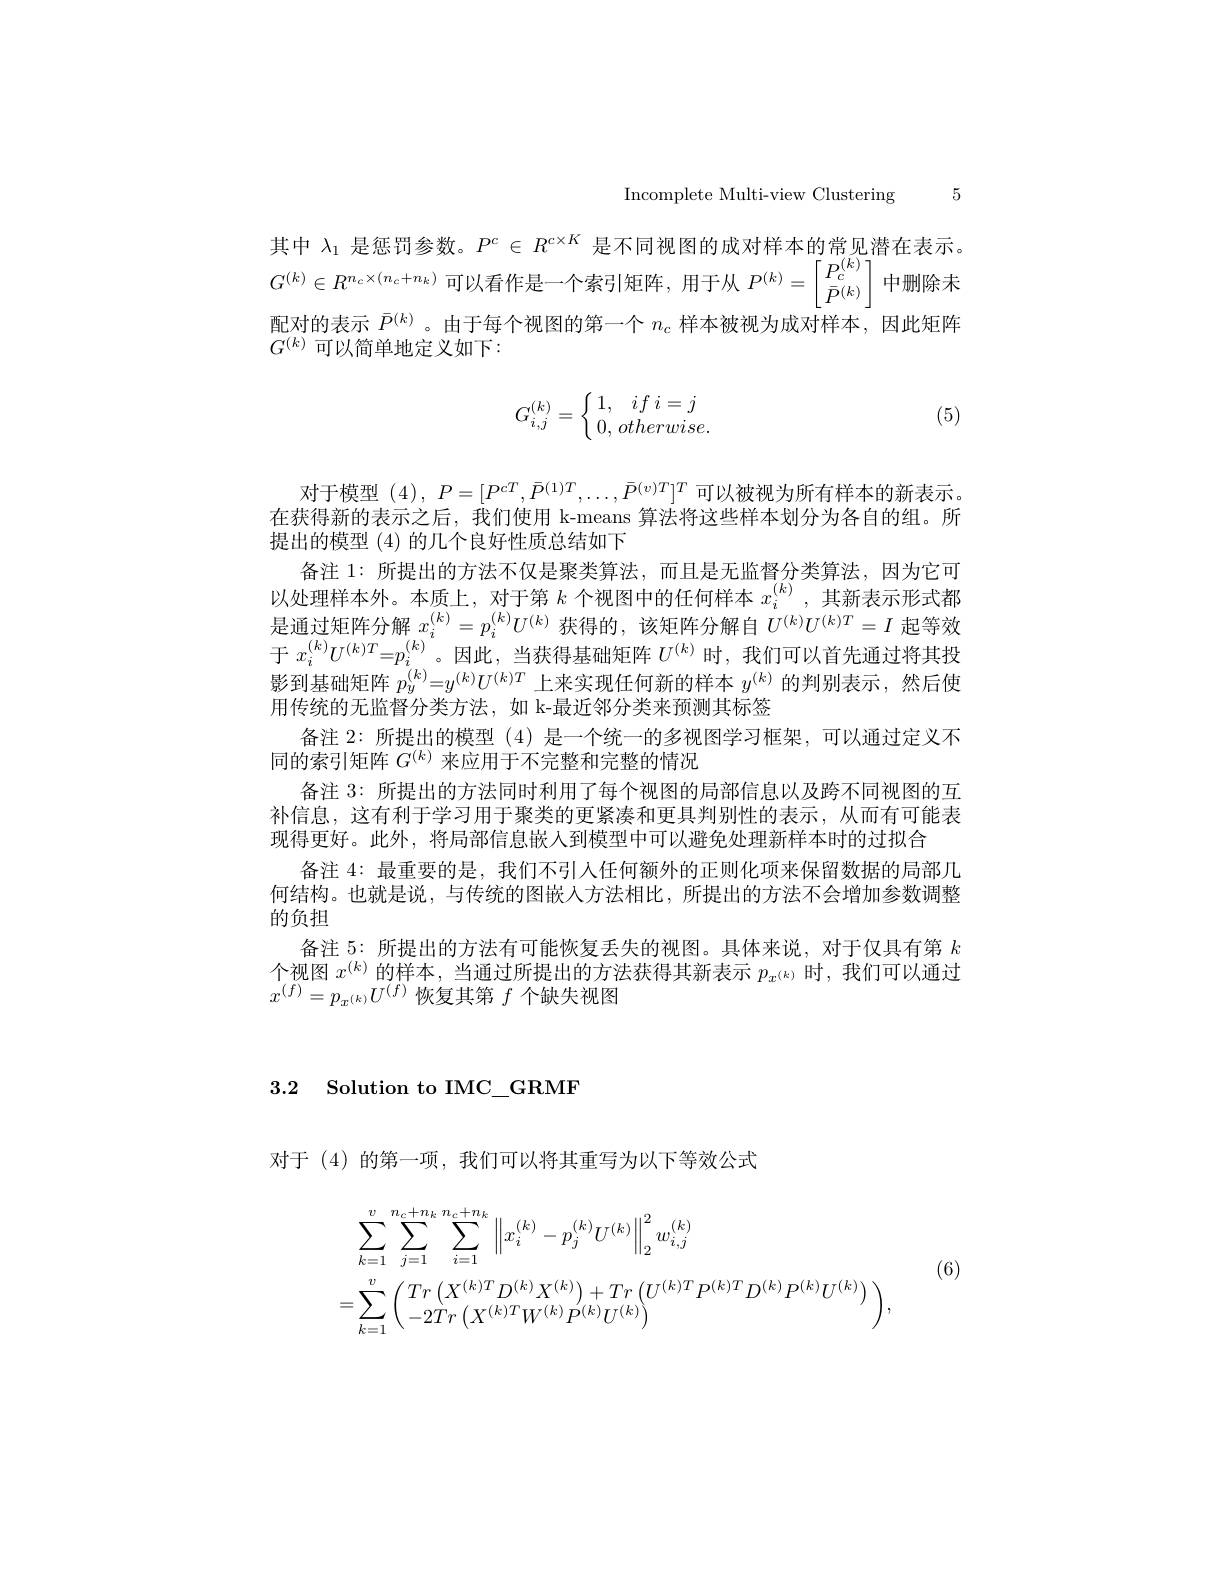
Incomplete Multi-view Clustering 5

其中$\lambda_{1}$是惩罚参数。$P^c\in R^{c\times K}$是不同视图的成对样本的常见潜在表示。
<FigureHere>

$G^{(k)}\in R^{n_c\times(n_c+n_k)}$可以看作是一个索引矩阵，用于从 $P^(k)=$
中删除未
配对的表示$\bar{P}^{(k)}$。由于每个视图的第一个$n_c$样本被视为成对样本，因此矩阵
$G^{(k)}$可以简单地定义如下：
$$G_{i,j}^{(k)}=\left\{\begin{matrix}1,\quad if\:i=j\\0,\:otherwise.\end{matrix}\right.$$
(5)

对于模型(4),$P=[P^{cT},\bar{P}^{(1)T},\ldots,\bar{P}^{(v)T}]^T$可以被视为所有样本的新表示。在获得新的表示之后，我们使用 k-means 算法将这些样本划分为各自的组。所提出的模型 (4) 的几个良好性质总结如下
备注 1: 所提出的方法不仅是聚类算法，而且是无监督分类算法，因为它可以处理样本外。本质上，对于第$k$个视图中的任何样本$x_i^{(k)}$,其新表示形式都是通过矩阵分解$x_i^{(k)}=p_i^{(k)}U^{(k)}$获得的，该矩阵分解自$\dot U^{(k)}U^{(k)T}=I$起等效于$x_i^{(k)}U^{(k)T}=p_i^{(k)}$。因此，当获得基础矩阵$U^(k)$时，我们可以首先通过将其投影到基础矩阵$p_y^{(k)}=y^{(k)}U^{(k)T}$上来实现任何新的样本$y^{(k)}$的判别表示，然后使用传统的无监督分类方法，如 k-最近邻分类来预测其标签
备注 2: 所提出的模型 (4)是一个统一的多视图学习框架，可以通过定义不
同的索引矩阵$G^{(k)}$来应用于不完整和完整的情况
备注 3: 所提出的方法同时利用了每个视图的局部信息以及跨不同视图的互补信息，这有利于学习用于聚类的更紧凑和更具判别性的表示，从而有可能表现得更好。此外，将局部信息嵌入到模型中可以避免处理新样本时的过拟合
备注 4: 最重要的是，我们不引人任何额外的正则化项来保留数据的局部几何结构。也就是说，与传统的图嵌入方法相比，所提出的方法不会增加参数调整的负担
备注 5: 所提出的方法有可能恢复丢失的视图。具体来说，对于仅具有第$k$ 个视图$x^(k)$的样本，当通过所提出的方法获得其新表示$p_{x^{(k)}}$时，我们可以通过$x^{(\tilde{f})}=p_{x^{(k)}}U^{(f)}$恢复其第$f$个缺失视图

3.2 Solution to IMC\_GRMF

对于 (4)的第一项，我们可以将其重写为以下等效公式

(6)
$$\begin{aligned}&\sum_{k=1}^{v}\sum_{j=1}^{n_{c}+n_{k}}\sum_{i=1}^{n_{c}+n_{k}}\left\|x_{i}^{(k)}-p_{j}^{(k)}U^{(k)}\right\|_{2}^{2}w_{i,j}^{(k)}\\&=\sum_{k=1}^{v}\begin{pmatrix}Tr\left(X^{(k)T}D^{(k)}X^{(k)}\right)+Tr\left(U^{(k)T}P^{(k)T}D^{(k)}P^{(k)}U^{(k)}\right)\\-2Tr\left(X^{(k)T}W^{(k)}P^{(k)}U^{(k)}\right)\end{pmatrix},\end{aligned}$$